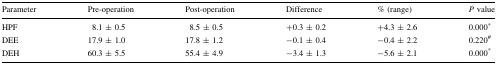
<table><thead><tr><td><b>Parameter</b></td><td><b>Pre-operation</b></td><td><b>Post-operation</b></td><td><b>Difference</b></td><td><b>% (range)</b></td><td><b><i>P</i> value</b></td></tr></thead><tbody><tr><td>HPF</td><td>8.1 ± 0.5</td><td>8.5 ± 0.5</td><td>+0.3 ± 0.2</td><td>+4.3 ± 2.6</td><td>0.000<sup>*</sup></td></tr><tr><td>DEE</td><td>17.9 ± 1.0</td><td>17.8 ± 1.2</td><td>−0.1 ± 0.4</td><td>−0.4 ± 2.2</td><td>0.220<sup>#</sup></td></tr><tr><td>DEH</td><td>60.3 ± 5.5</td><td>55.4 ± 4.9</td><td>−3.4 ± 1.3</td><td>−5.6 ± 2.1</td><td>0.000<sup>*</sup></td></tr></tbody></table>